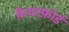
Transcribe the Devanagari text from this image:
फ़ेयरफ़ोर्ड